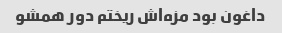
داغون بود مزه‌اش ریختم دور همشو